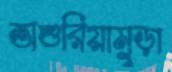
অশুরিয়ামুড়া